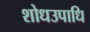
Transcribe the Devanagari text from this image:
शोधउपाधि